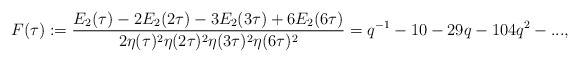
\begin{align*}F(\tau):=\frac{E_2(\tau)-2E_2(2\tau)-3E_2(3\tau)+6E_2(6\tau)}{2\eta(\tau)^2\eta(2\tau)^2\eta(3\tau)^2\eta(6\tau)^2}=q^{-1}-10-29q-104q^2-...,\end{align*}